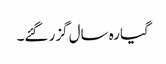
گیارہ سال گزر گئے۔